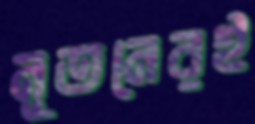
নূতনেরই